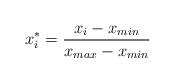
LaTeX: \begin{align*}x_i^* = \frac{x_i-x_{min}}{x_{max}-x_{min}}\end{align*}